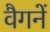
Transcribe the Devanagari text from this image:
वैगनें